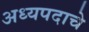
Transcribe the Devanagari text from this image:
अध्यपदाचे